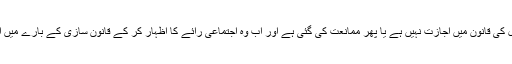
کیا وہ یہ سمجھتے ہیں کہ اس عمل کی قانون میں اجازت نہیں ہے یا پھر ممانعت کی گئی ہے اور اب وہ اجتماعی رائے کا اظہار کر کے قانون سازی کے بارے میں اپنی حساسیت سامنے لا رہے ہیں؟